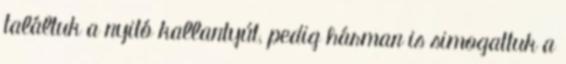
találtuk a nyitó kallantyút, pedig hárman is simogattuk a